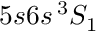
5 s 6 s \, ^ { 3 } S _ { 1 }